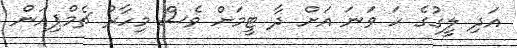
އަދި ލީގުގެ ހަ ވަނަ އަށް ދާ ޓީމަށް ވެސް މިހާރު ޗެމްޕިއަން